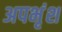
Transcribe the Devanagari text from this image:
अपभृंश